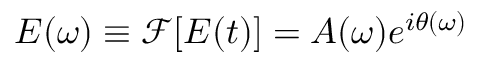
E ( \omega ) \equiv \mathcal { F } [ E ( t ) ] = A ( \omega ) e ^ { i \theta ( \omega ) }